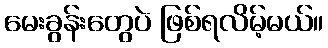
မေးခွန်းတွေပဲ ဖြစ်ရလိမ့်မယ်။